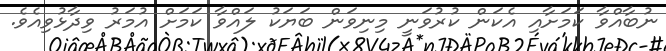
ނުބާއްވާ ކަމަށާއި އެކަން ކުރުވަނީ މިނިވަން ބަޔަކު ލައްވާ ކަމަށް އުމަރު ވިދާޅުވިއެވެ.